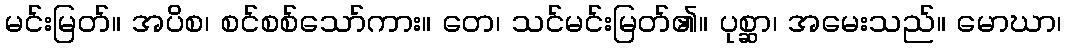
မင်းမြတ်။ အပိစ၊ စင်စစ်သော်ကား။ တေ၊ သင်မင်းမြတ်၏။ ပုစ္ဆာ၊ အမေးသည်။ မောဃာ၊